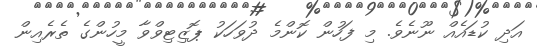
އަދި ކުޑައެއް ނޫނެވެ. މި ފަހުން ކޮންމެ ދުވަހަކު ޕޮޒިޓިވްވާ މީހުންގެ ތެރެއިން